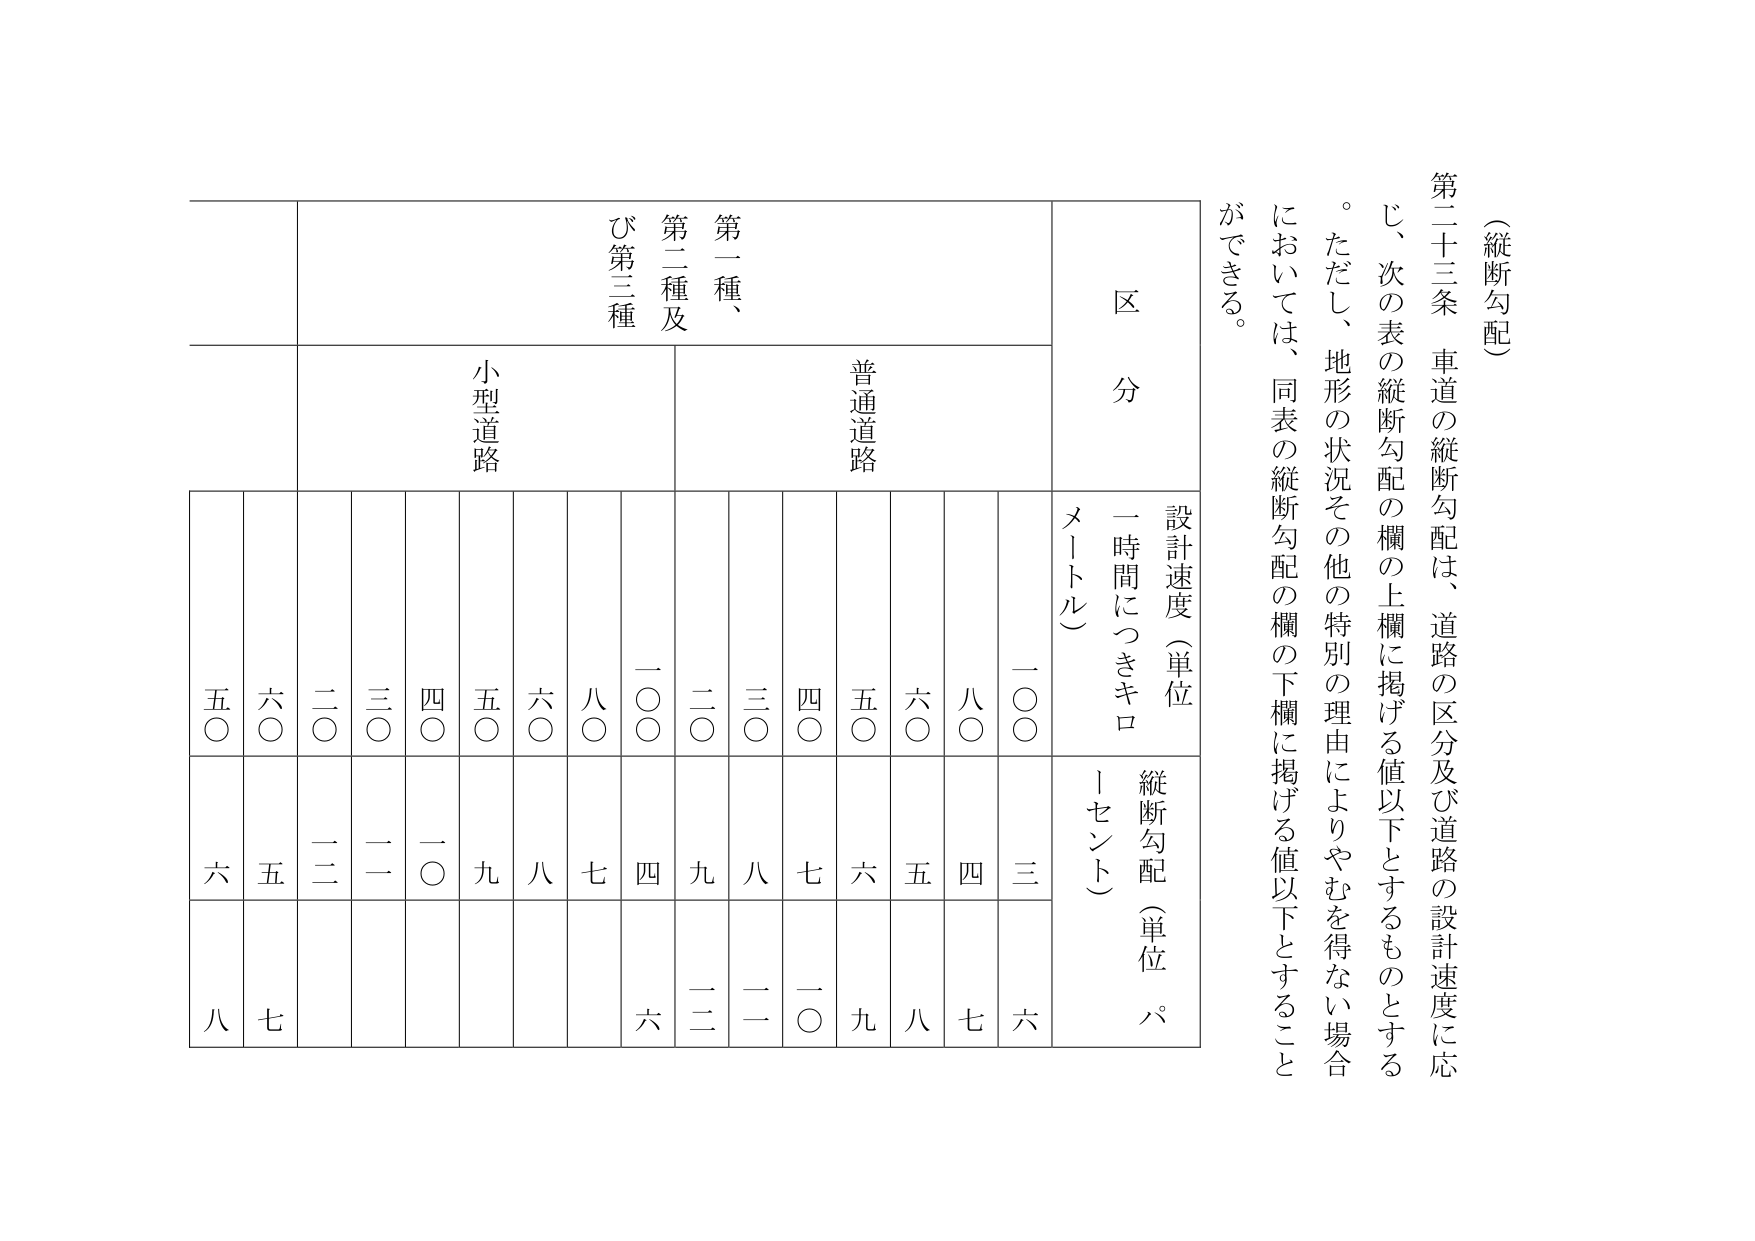
（縦断勾配）

第二十三条 車道の縦断勾配は、道路の区分及び道路の設計速度に応じ、次の表の縦断勾配の欄の上欄に掲げる値以下とするものとする。ただし、地形の状況その他の特別の理由によりやむを得ない場合においては、同表の縦断勾配の欄の下欄に掲げる値以下とすることができる。

区 分

設計速度（単位 一時間につきキロメートル）

縦断勾配（単位 パーセント）

普通道路

第一種、第二種及び第三種

小型道路

一〇〇

三

六

八〇

四

七

六〇

五

八

五〇

六

九

四〇

七

一〇

三〇

一

一

二〇

二

二

六〇

八

七

五〇

九

四

四〇

七

八

三〇

八

二

二〇

九

二

一〇〇

四

六